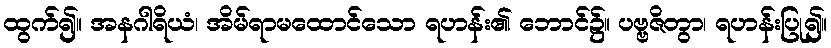
ထွက်၍။ အနဂါရိယံ၊ အိမ်ရာမထောင်သော ရဟန်း၏ ဘောင်၌။ ပဗ္ဗဇိတွာ၊ ရဟန်းပြု၍။